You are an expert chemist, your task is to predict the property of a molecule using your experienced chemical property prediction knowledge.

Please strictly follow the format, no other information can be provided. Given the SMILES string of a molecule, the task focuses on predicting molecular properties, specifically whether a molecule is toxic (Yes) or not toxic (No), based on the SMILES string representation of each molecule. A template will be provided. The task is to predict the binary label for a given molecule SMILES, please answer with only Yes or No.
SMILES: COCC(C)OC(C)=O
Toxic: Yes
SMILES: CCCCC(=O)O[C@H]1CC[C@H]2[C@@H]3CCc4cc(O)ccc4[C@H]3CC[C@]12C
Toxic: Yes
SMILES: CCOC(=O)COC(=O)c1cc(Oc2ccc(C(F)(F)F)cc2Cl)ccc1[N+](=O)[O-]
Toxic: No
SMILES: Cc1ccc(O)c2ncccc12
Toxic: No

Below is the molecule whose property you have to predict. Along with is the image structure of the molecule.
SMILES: C=CC(N)=O
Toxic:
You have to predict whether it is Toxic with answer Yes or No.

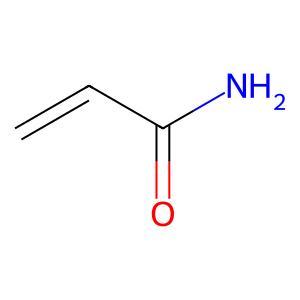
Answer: No